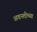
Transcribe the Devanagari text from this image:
अवनतीच्या